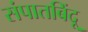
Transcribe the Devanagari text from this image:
संपातबिंदू